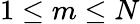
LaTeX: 1\leq m\leq N